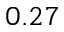
0 . 2 7